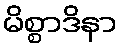
မိစ္စာဒိနာ